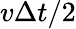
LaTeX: v\Delta t/2